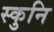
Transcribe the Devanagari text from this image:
स्कुनि